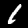
Digit: 1